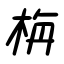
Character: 栴